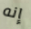
إنه